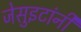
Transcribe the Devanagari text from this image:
जेसुइटांनी